Indian Civil Veterinary Department memoirs
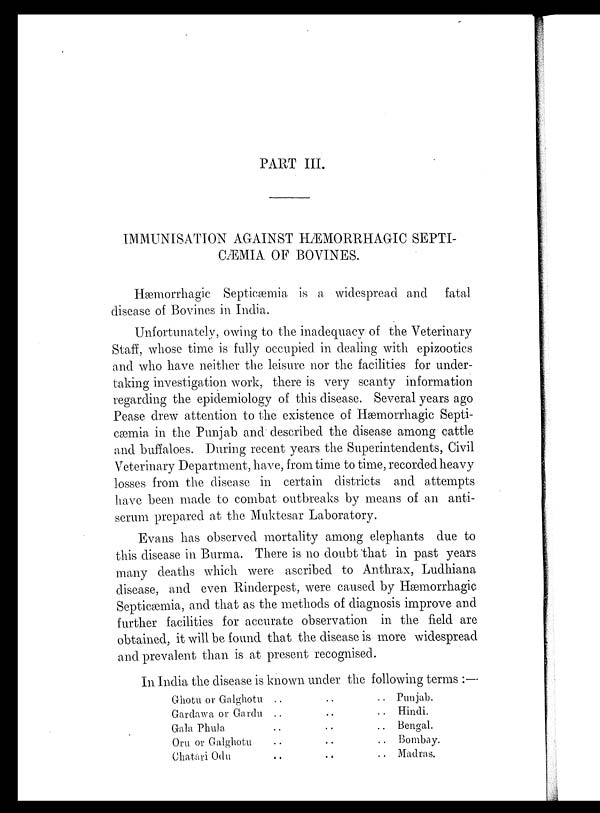
PART III.
IMMUNISATION AGAINST HÆMORRHAGIC SEPTI-
CÆMIA OF BOVINES.
Hæmorrhagic Septicæmia is a widespread and fatal
disease of Bovines in India.
Unfortunately, owing to the inadequacy of the Veterinary
Staff, whose time is fully occupied in dealing with epizootics
and who have neither the leisure nor the facilities for under-
taking investigation work, there is very scanty information
regarding the epidemiology of this disease. Several years ago
Pease drew attention to the existence of Hæmorrhagic Septi-
cæmia in the Punjab and described the disease among cattle
and buffaloes. During recent years the Superintendents, Civil
Veterinary Department, have, from time to time, recorded heavy
losses from the disease in certain districts and attempts
have been made to combat outbreaks by means of an anti-
serum prepared at the Muktesar Laboratory.
Evans has observed mortality among elephants due to
this disease in Burma. There is no doubt that in past years
many deaths which were ascribed to Anthrax, Ludhiana
disease, and even Rinderpest, were caused by Hæmorrhagic
Septicæmia, and that as the methods of diagnosis improve and
further facilities for accurate observation in the field are
obtained, it will be found that the disease is more widespread
and prevalent than is at present recognised.
In India the disease is known under the following terms :—
Ghotu or Galghotu
Gardawa or Gardu
Gala Phula
Oru or Galghotu
Chatari Odu
..
..
..
..
..
..
..
..
..
..
..
..
..
..
..
Punjab.
Hindi.
Bengal.
Bombay.
Madras.